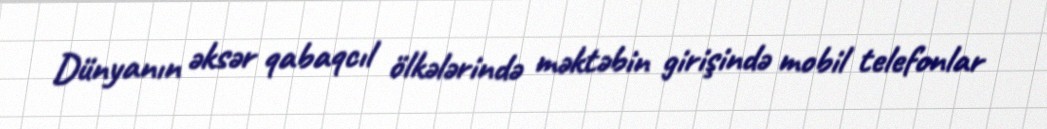
Dünyanın əksər qabaqcıl ölkələrində məktəbin girişində mobil telefonlar